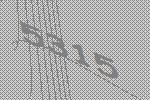
5315